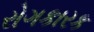
રોગકારક